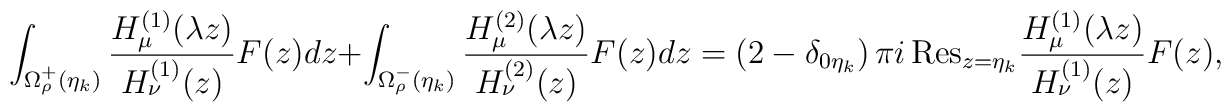
\int_{\Omega _\rho ^+(\eta _k)} \frac{H^{(1)}_{\mu }(\lambda z)}{H^{(1)}_{\nu }(z)}F(z)dz+\int_{\Omega _\rho ^-(\eta _k)} \frac{H^{(2)}_{\mu }(\lambda z)}{H^{(2)}_{\nu }(z)}F(z)dz=\left( 2-\delta _{0\eta _k}\right) \pi i\, {\mathrm{Res}}_{z=\eta _k}\frac{H^{(1)}_{\mu }(\lambda z)}{H^{(1)}_{\nu }(z)}F(z),